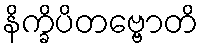
နိက္ခိပိတဗ္ဗောတိ